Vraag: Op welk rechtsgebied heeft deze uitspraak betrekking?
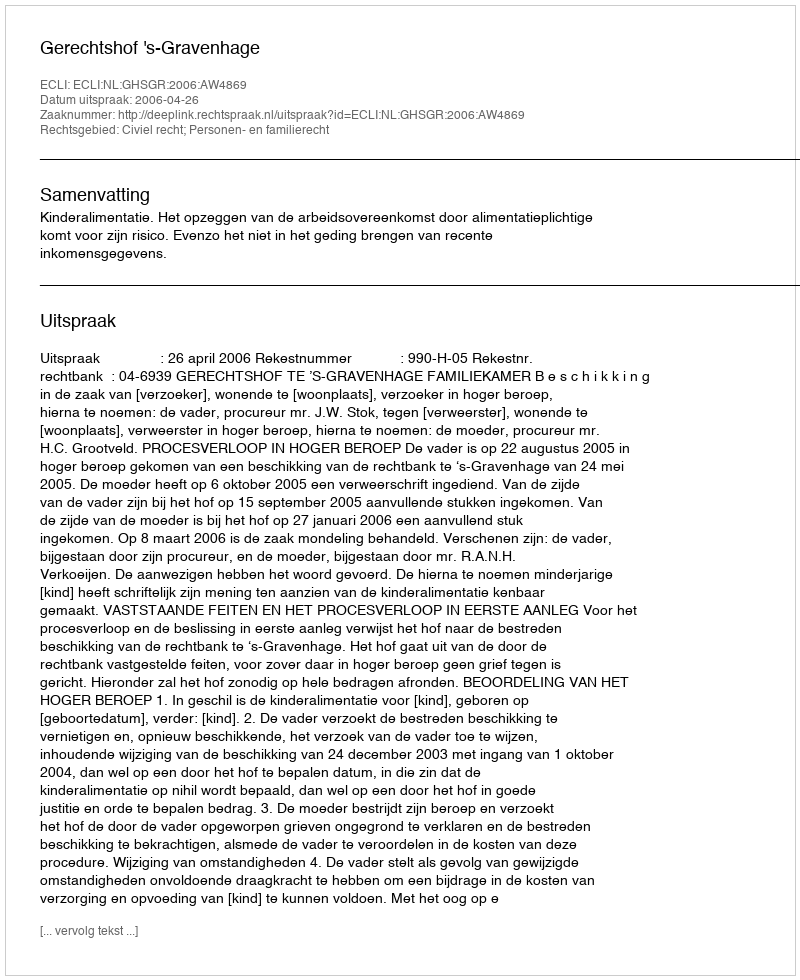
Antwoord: Civiel recht; Personen- en familierecht